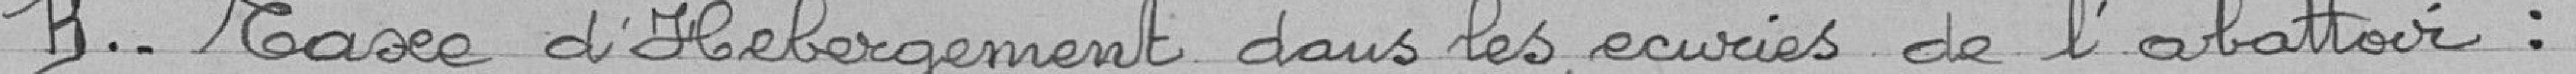
B .. Taxe d'hébergement dans les écuries de l'abattoir :